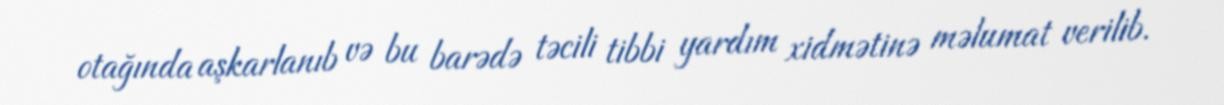
otağında aşkarlanıb və bu barədə təcili tibbi yardım xidmətinə məlumat verilib.